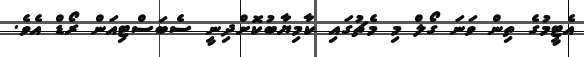
އެޓީމުގެ ތިން ވަނަ ގޯލް މި މެޗުގައި ކާމިޔާބުކޮށްދިނީ ސެބަސްޓިއަން ރޯޑް އެވެ.